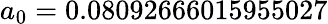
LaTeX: a_{0}=0.08092666015955027